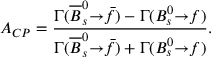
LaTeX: { \cal A } _ { C P } = \frac { { \Gamma } ( { \overline { { { B } } } } _ { s } ^ { 0 } { \to } \bar { f } ) - { \Gamma } ( B _ { s } ^ { 0 } { \to } f ) } { { \Gamma } ( { \overline { { { B } } } } _ { s } ^ { 0 } { \to } \bar { f } ) + { \Gamma } ( B _ { s } ^ { 0 } { \to } f ) } .